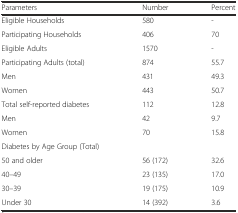
<table><thead><tr><td><b>Parameters</b></td><td><b>Number</b></td><td><b>Percent</b></td></tr></thead><tbody><tr><td>Eligible Households</td><td>580</td><td>-</td></tr><tr><td>Participating Households</td><td>406</td><td>70</td></tr><tr><td>Eligible Adults</td><td>1570</td><td>-</td></tr><tr><td>Participating Adults (total)</td><td>874</td><td>55.7</td></tr><tr><td>Men</td><td>431</td><td>49.3</td></tr><tr><td>Women</td><td>443</td><td>50.7</td></tr><tr><td>Total self-reported diabetes</td><td>112</td><td>12.8</td></tr><tr><td>Men</td><td>42</td><td>9.7</td></tr><tr><td>Women</td><td>70</td><td>15.8</td></tr><tr><td>Diabetes by Age Group (Total)</td><td></td><td></td></tr><tr><td>50 and older</td><td>56 (172)</td><td>32.6</td></tr><tr><td>40–49</td><td>23 (135)</td><td>17.0</td></tr><tr><td>30–39</td><td>19 (175)</td><td>10.9</td></tr><tr><td>Under 30</td><td>14 (392)</td><td>3.6</td></tr></tbody></table>